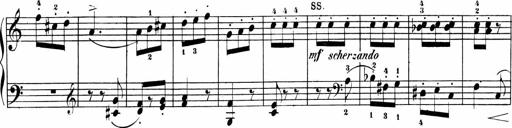
Title: Sonatinas
Composer: Andrew Violette